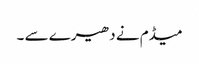
میڈم نے دھیرے سے ۔